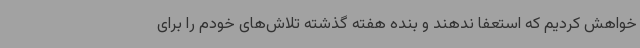
خواهش کردیم که استعفا ندهند و بنده هفته گذشته تلاش‌های خودم را برای